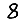
Digit: 8